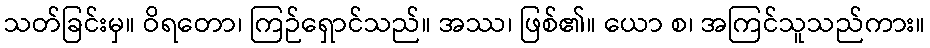
သတ်ခြင်းမှ။ ဝိရတော၊ ကြဉ်ရှောင်သည်။ အဿ၊ ဖြစ်၏။ ယော စ၊ အကြင်သူသည်ကား။